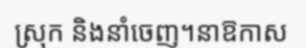
ស្រុក និងនាំចេញ។នាឱកាស